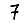
Digit: 7